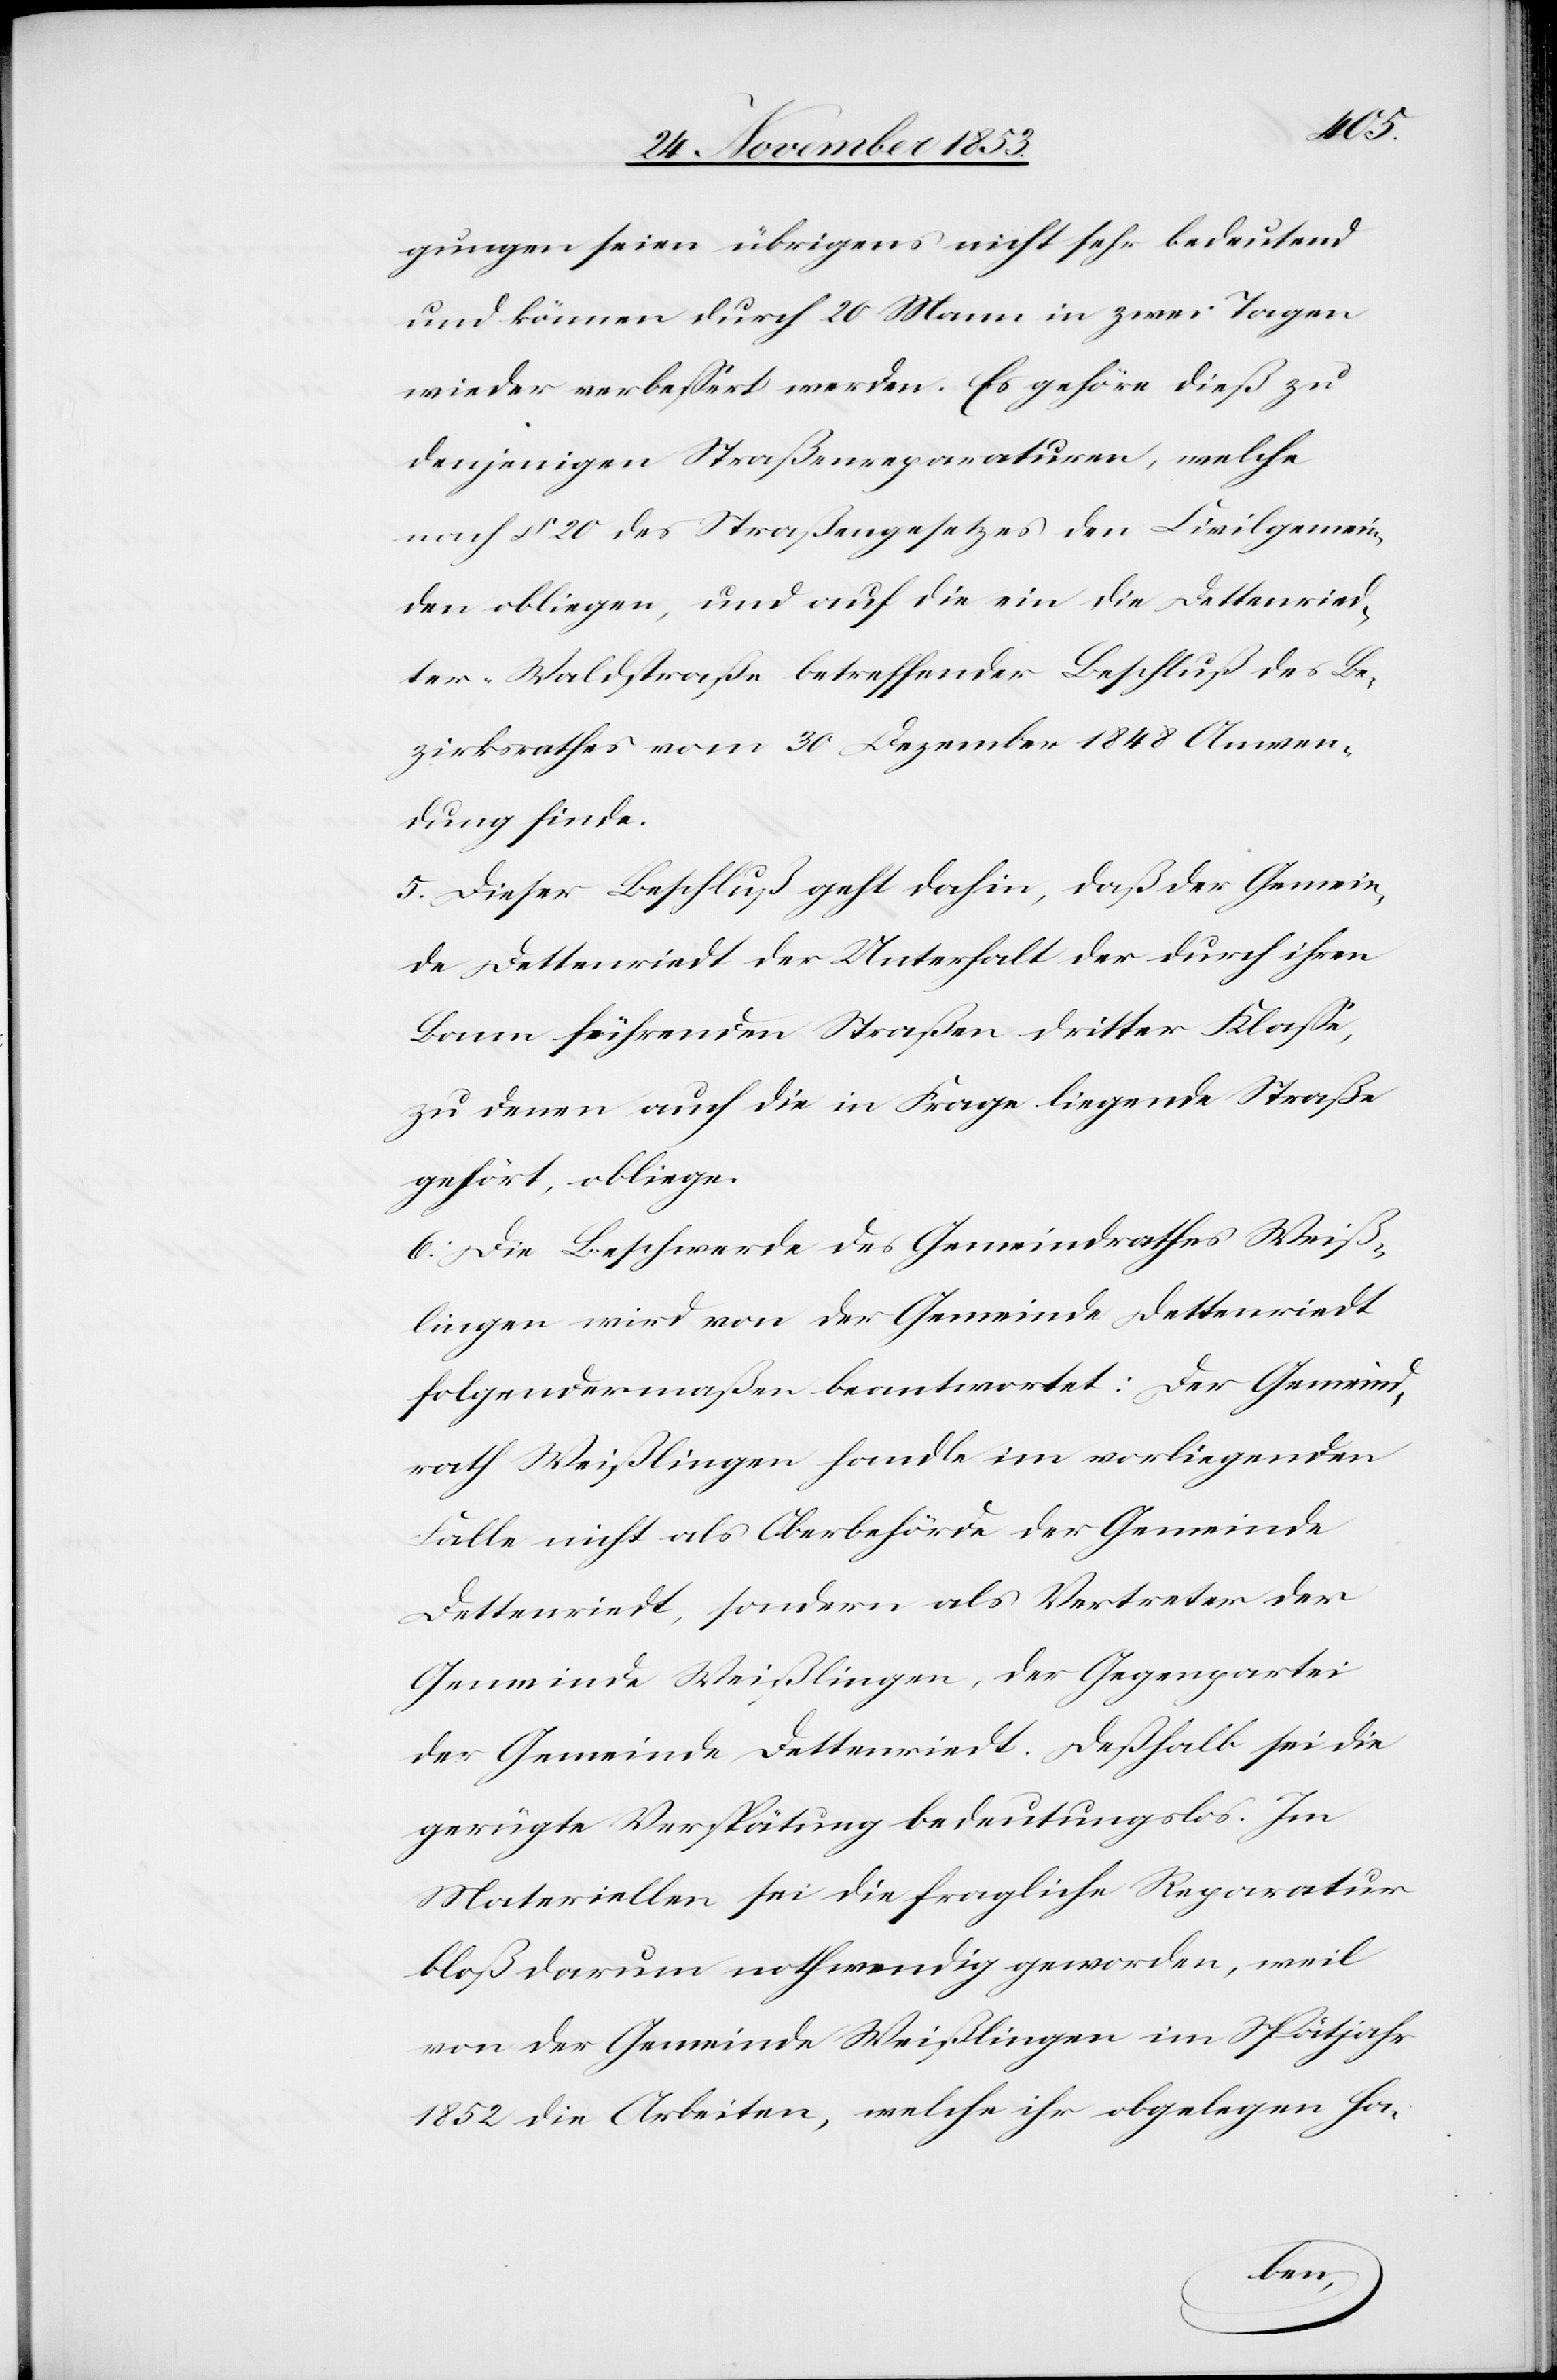
gungen seien übrigens nicht sehr bedeutend
und können durch 20 Mann in zwei Tagen
wieder verbeßert werden. Es gehöre dieß zu
denjenigen Straßenreparaturen, welche
nach § 20 des Straßengesetzes den Civilgemein¬
den obliegen, und auf die ein die Dettenried¬
ter-Waldstraße betreffender Beschluß des Be¬
zirksrathes vom 30 Dezember 1848 Anwen¬
dung finde.
5. Dieser Beschluß geht dahin, daß der Gemein¬
de Dettenriedt der Unterhalt der durch ihren
Bann führenden Straßen dritter Klaße,
zu denen auch die in Frage liegende Straße
gehört obliege.
6. Die Beschwerde des Gemeindrathes Weiß¬
lingen wird von der Gemeinde Dettenriedt
folgendermaßen beantwortet: Der Gemeind¬
rath Weißlingen handle im vorliegenden
Falle nicht als Oberbehörde der Gemeinde
Dettenriedt, sondern als Vertreter der
Gemeinde Weißlingen, der Gegenpartei
der Gemeinde Dettenriedt. Deßhalb sei die
gerügte Verspätung bedeutungslos. Im
Materiellen sei die fragliche Reparatur
bloß darum nothwendig geworden, weil
von der Gemeinde Weißlingen im Spätjahr
1852 die Arbeiten, welche ihr oblegen ha-